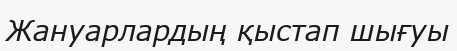
Жануарлардың қыстап шығуы